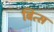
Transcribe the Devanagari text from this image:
बित्स